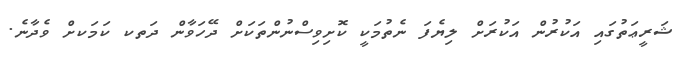
ޝަރީޢަތުގައި އަކުރުން އަކުރަށް ލިޔެފަ ނެތުމަކީ ކޮށިވިސްނުންތަކަށް ދޭހަވާން ދަތކ ކަމަކށް ވެދާނެ.